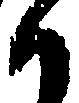
か